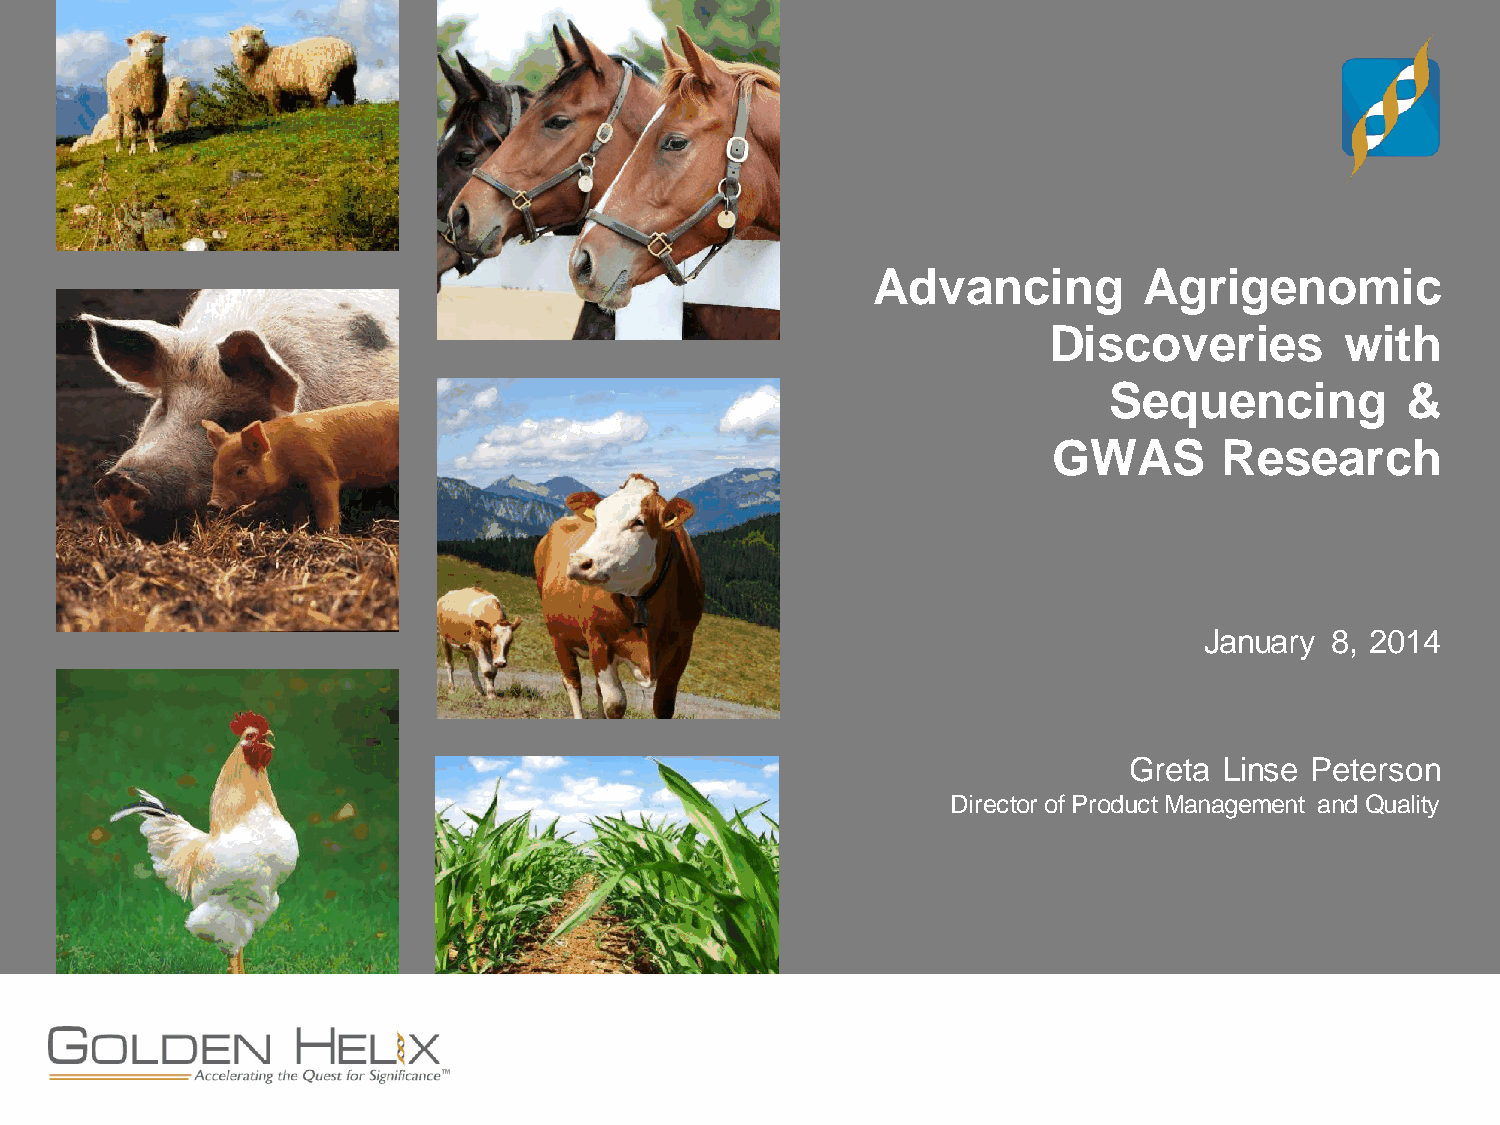
Advancing         Agrigenomic
 Discoveries         with
 Sequencing          &
 GWAS       Research
 January 8, 2014
 Greta Linse Peterson
 Director of Product Management and Quality